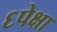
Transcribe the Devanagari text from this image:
६पेक्षा